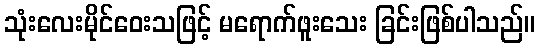
သုံးလေးမိုင်ဝေးသဖြင့် မရောက်ဖူးသေး ခြင်းဖြစ်ပါသည်။